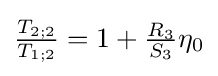
{\tfrac {T_{2;2}}{T_{1;2}}}=1+{\tfrac {R_{3}}{S_{3}}}\eta _{0}